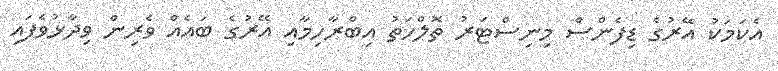
އެކަމަކު އޭރުގެ ޑިފެންސް މިނިސްޓަރު ތޮލްހަތު އިބްރާހިމާއި އޭރުގެ ބައެއް ވެރިން ވިދާޅުވެފައި